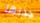
جدتها